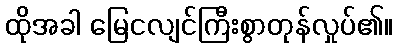
ထိုအခါ မြေငလျင်ကြီးစွာတုန်လှုပ်၏။